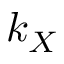
k _ { X }